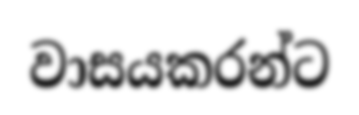
වාසයකරන්ට